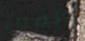
دلفين